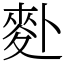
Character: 𪋿